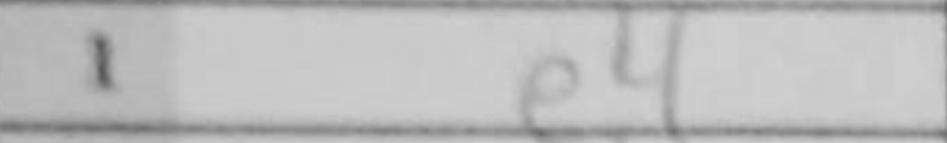
Transcription: e4